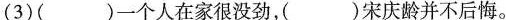
(3)( )一个人在家很没劲，( )宋庆龄并不后悔。